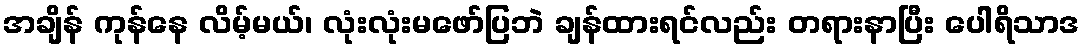
အချိန် ကုန်နေ လိမ့်မယ်၊ လုံးလုံးမဖော်ပြဘဲ ချန်ထားရင်လည်း တရားနာပြီး ပေါရိသာဒ